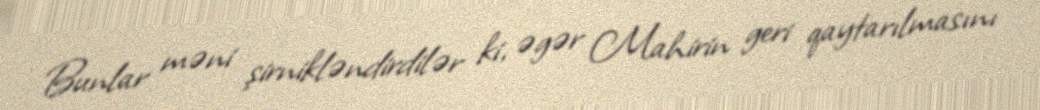
Bunlar məni şirnikləndirdilər ki, əgər Mahirin geri qaytarılmasını